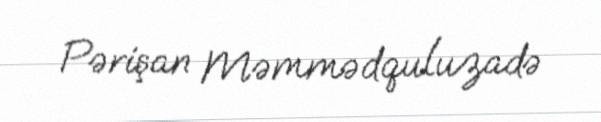
Pərişan Məmmədquluzadə